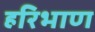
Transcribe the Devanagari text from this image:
हरिभाण